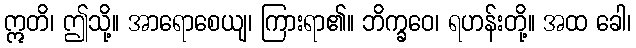
ဣတိ၊ ဤသို့။ အာရောစေယျ၊ ကြားရာ၏။ ဘိက္ခဝေ၊ ရဟန်းတို့။ အထ ခေါ၊